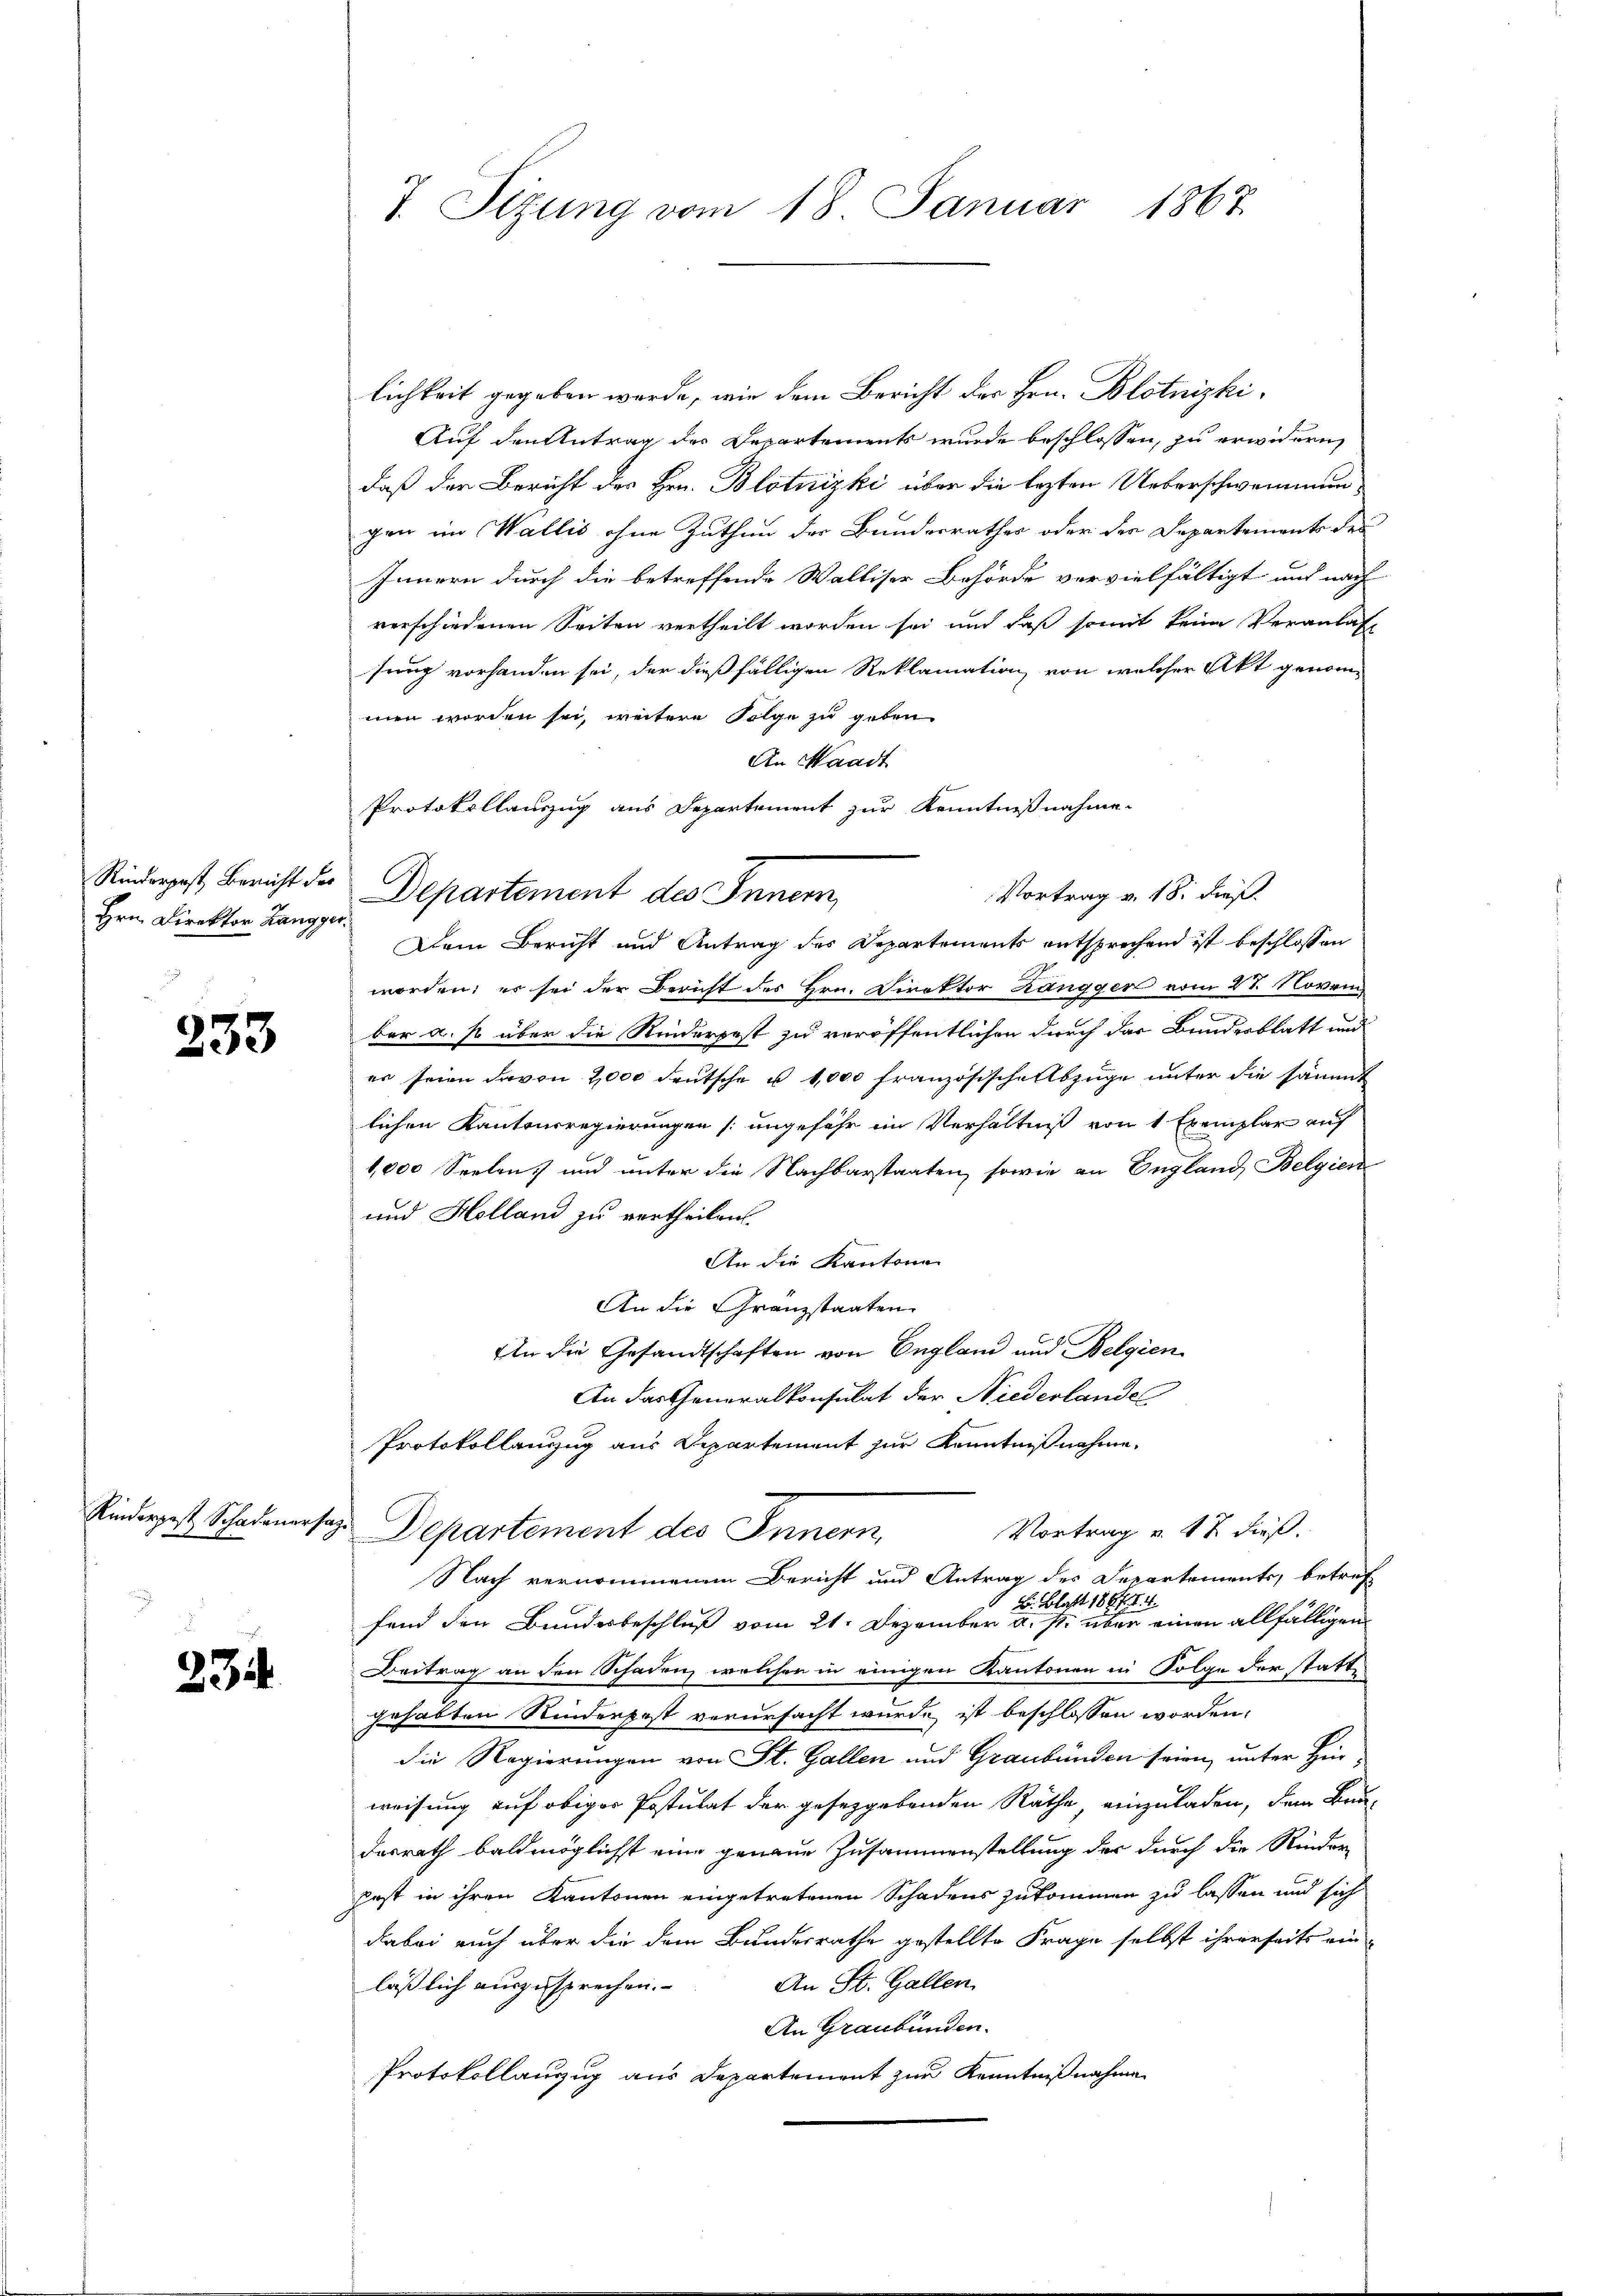
Hrn. Direktor Langger.

233

234.

T. Sitzung vom 18. Januar 1867.

Rinderpost Bericht der Departement des Innern,

lichkeit gegeben werde, wie dem Bericht des Hrn. Blotnizki¬
Auf den Antrag der Departements wurde beschlossen, zu erwidern
daß den Bericht des Hrn. Blotnizki über die lezten Ueberschwemmung
gen im Wallis ohne Zuthun der Bundesrathes oder den Departements des
Innern durch die betreffende Walliser Behörde vervielfältigt und nach
verschiedenen Seiten vertheilt worden sei und daß somit keine Veranlas
sung vorhanden sei, der dießfälligen Reklamation von welcher Akt genommen worden sei, weitere Folge zu geben
An Waadt
Protokollauszug aus Departement zur Kenntnißnahme.
Dem Bericht und Antrag des Departements entsprechend ist beschlossen
worden; er sei der Bericht des Hrn. Direktor Längger vom 27. Novem
ber a. p. über die Riederpest zu veröffentlichen durch der Bundesblatt und
er seien davon 2000 deutsche u 1,000 Französische Abzuge unter die sämmt
lichen Kantonsregierungen (ungefähr im Verhältniß von 1 Exemplar auf
1,000 Seelen und unter die Nachbarstaaten, sowie an England Belgien
und Holland zu vertheilen.
An die Kantone
An die Granzstaaten
An die Gesandtschaften von England und Belgien
An das Generalkonsulat der Niederlandel
Protokollanzug aus Departement zur Kenntnißnahme.
Rinderpest Schadenes Departement des Innern,
Vortrag u. 17. dieß.
Nach vernommenem Bericht und Antrag des Departements, betreff
B. Blatt 1867 f. 4
fand den Bundesbeschluß vom 21. Dezember a. p. über einen allfälligen
Beitrag an den Schaden, welchen in einigen Kantonen in Folge der stattgehabten Kinderpost verursacht wurde ist beschlossen worden.
die Regierungen von St. Gallen und Graubünden seien, unter Hinweisung auf obiger Postulat der gesetzgebenden Räthe einzuladen, dem Bun-
dasrath baldmöglichst eine genaue Zusammenstellung der durch die Rinder-
pest in ihren Kantonen eingetretenen Schadens zukommen zu lassen und sich
dabei auch über die dem Bundesrathe gestellte Frage selbst ihrerseits ein-
An St. Gallen.
läßlich auszusprechen.
An Graubünden.
Protokollanzug aus Departement zur Kenntnißnahme

Vortrag v. 18. Dies